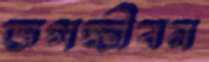
জগজ্জীবন